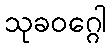
သုခဝဂ္ဂေါ